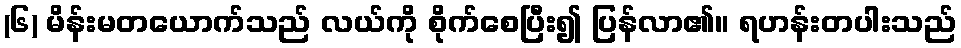
(၆) မိန်းမတယောက်သည် လယ်ကို စိုက်စေပြီး၍ ပြန်လာ၏။ ရဟန်းတပါးသည်